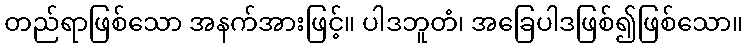
တည်ရာဖြစ်သော အနက်အားဖြင့်။ ပါဒဘူတံ၊ အခြေပါဒဖြစ်၍ဖြစ်သော။